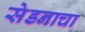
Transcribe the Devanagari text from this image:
सेडनाचा